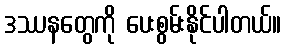
ဒဿနတွေကို ပေးစွမ်းနိုင်ပါတယ်။